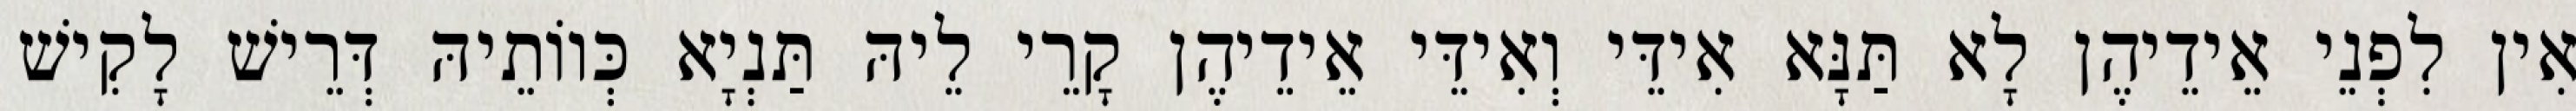
אִין לִפְנֵי אֵידֵיהֶן לָא תַּנָּא אִידֵּי וְאִידֵּי אֵידֵיהֶן קָרֵי לֵיהּ תַּנְיָא כְּווֹתֵיהּ דְּרֵישׁ לָקִישׁ